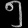
Digit: ၅